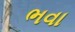
ભવા